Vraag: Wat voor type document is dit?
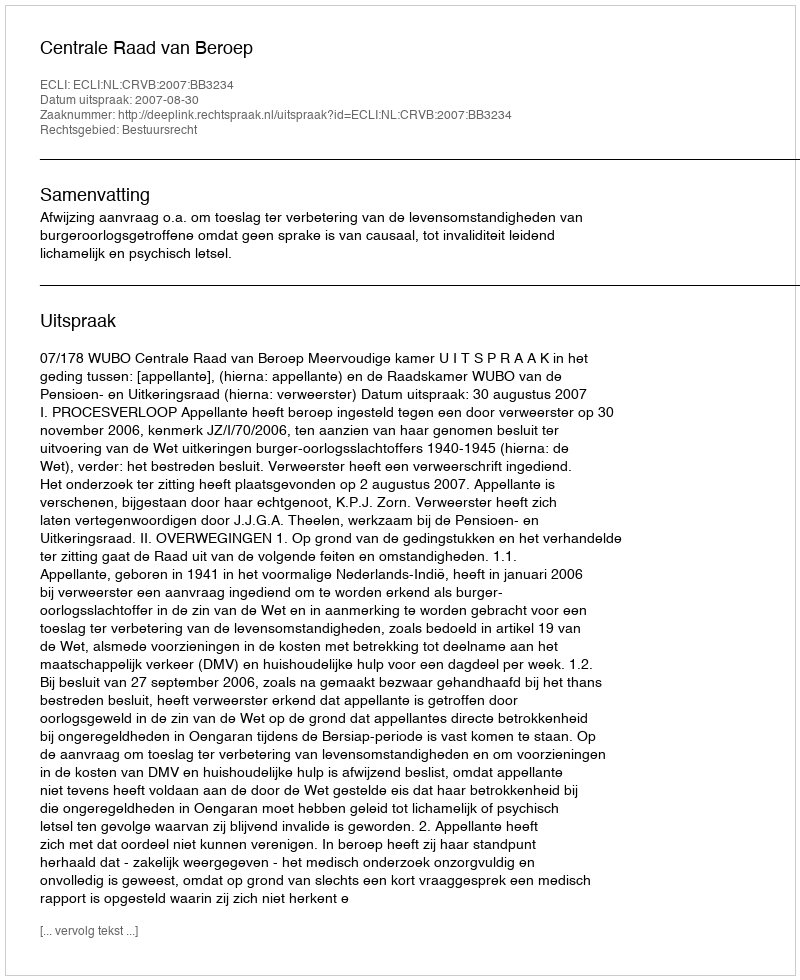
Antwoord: Uitspraak